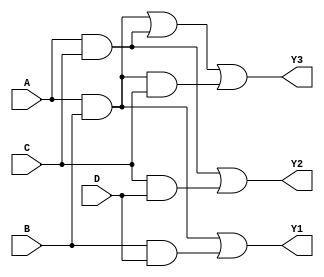
module jewel_pal (
    input wire A,      // Input A
    input wire B,      // Input B
    input wire C,      // Input C
    input wire D,      // Input D
    output wire Y1,    // Output Y1
    output wire Y2,    // Output Y2
    output wire Y3     // Output Y3
);

// Define the programmable AND gates
wire and1, and2, and3, and4, and5;

// Example programmable connections for AND gates
assign and1 = A & B;          // AND gate 1: A AND B
assign and2 = A & C;          // AND gate 2: A AND C
assign and3 = B & D;          // AND gate 3: B AND D
assign and4 = C & D;          // AND gate 4: C AND D
assign and5 = A & B & C;      // AND gate 5: A AND B AND C

// Fixed OR array connections
assign Y1 = and1 | and3;      // Output Y1: (A AND B) OR (B AND D)
assign Y2 = and2 | and4;      // Output Y2: (A AND C) OR (C AND D)
assign Y3 = and1 | and2 | and5; // Output Y3: (A AND B) OR (A AND C) OR (A AND B AND C)

endmodule